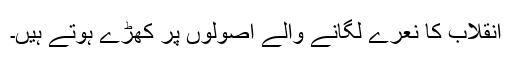
انقلاب کا نعرے لگانے والے اصولوں پر کھڑے ہوتے ہیں۔